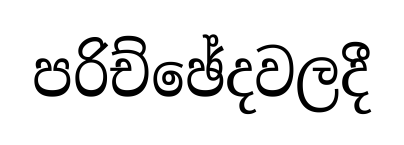
පරිච්ඡේදවලදී